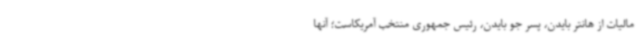
مالیات از هانتر بایدن، پسر جو بایدن، رئیس جمهوری منتخب آمریکاست؛ آنها